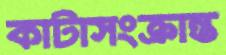
কাটাসংক্রান্ত